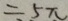
= 5 \pi